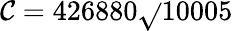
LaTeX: \mathcal{C}=426880{\sqrt{}{{10005}}}